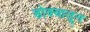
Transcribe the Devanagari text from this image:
डोक्‍यातून